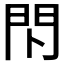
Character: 𰿗